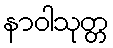
နာဝါသုတ္တ